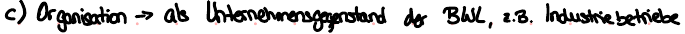
c) Organisation -> als Unternehmensgegenstand der BWL, z.B. Industriebetriebe